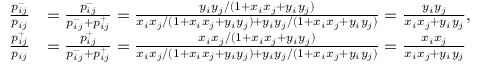
\begin{array} { r l } { \frac { p _ { i j } ^ { - } } { p _ { i j } } } & { = \frac { p _ { i j } ^ { - } } { p _ { i j } ^ { - } + p _ { i j } ^ { + } } = \frac { y _ { i } y _ { j } / ( 1 + x _ { i } x _ { j } + y _ { i } y _ { j } ) } { x _ { i } x _ { j } / ( 1 + x _ { i } x _ { j } + y _ { i } y _ { j } ) + y _ { i } y _ { j } / ( 1 + x _ { i } x _ { j } + y _ { i } y _ { j } ) } = \frac { y _ { i } y _ { j } } { x _ { i } x _ { j } + y _ { i } y _ { j } } , } \\ { \frac { p _ { i j } ^ { + } } { p _ { i j } } } & { = \frac { p _ { i j } ^ { + } } { p _ { i j } ^ { - } + p _ { i j } ^ { + } } = \frac { x _ { i } x _ { j } / ( 1 + x _ { i } x _ { j } + y _ { i } y _ { j } ) } { x _ { i } x _ { j } / ( 1 + x _ { i } x _ { j } + y _ { i } y _ { j } ) + y _ { i } y _ { j } / ( 1 + x _ { i } x _ { j } + y _ { i } y _ { j } ) } = \frac { x _ { i } x _ { j } } { x _ { i } x _ { j } + y _ { i } y _ { j } } } \end{array}